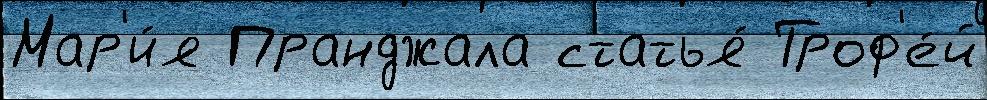
Мар'и́я Пранджала статья́ Троф'е́й